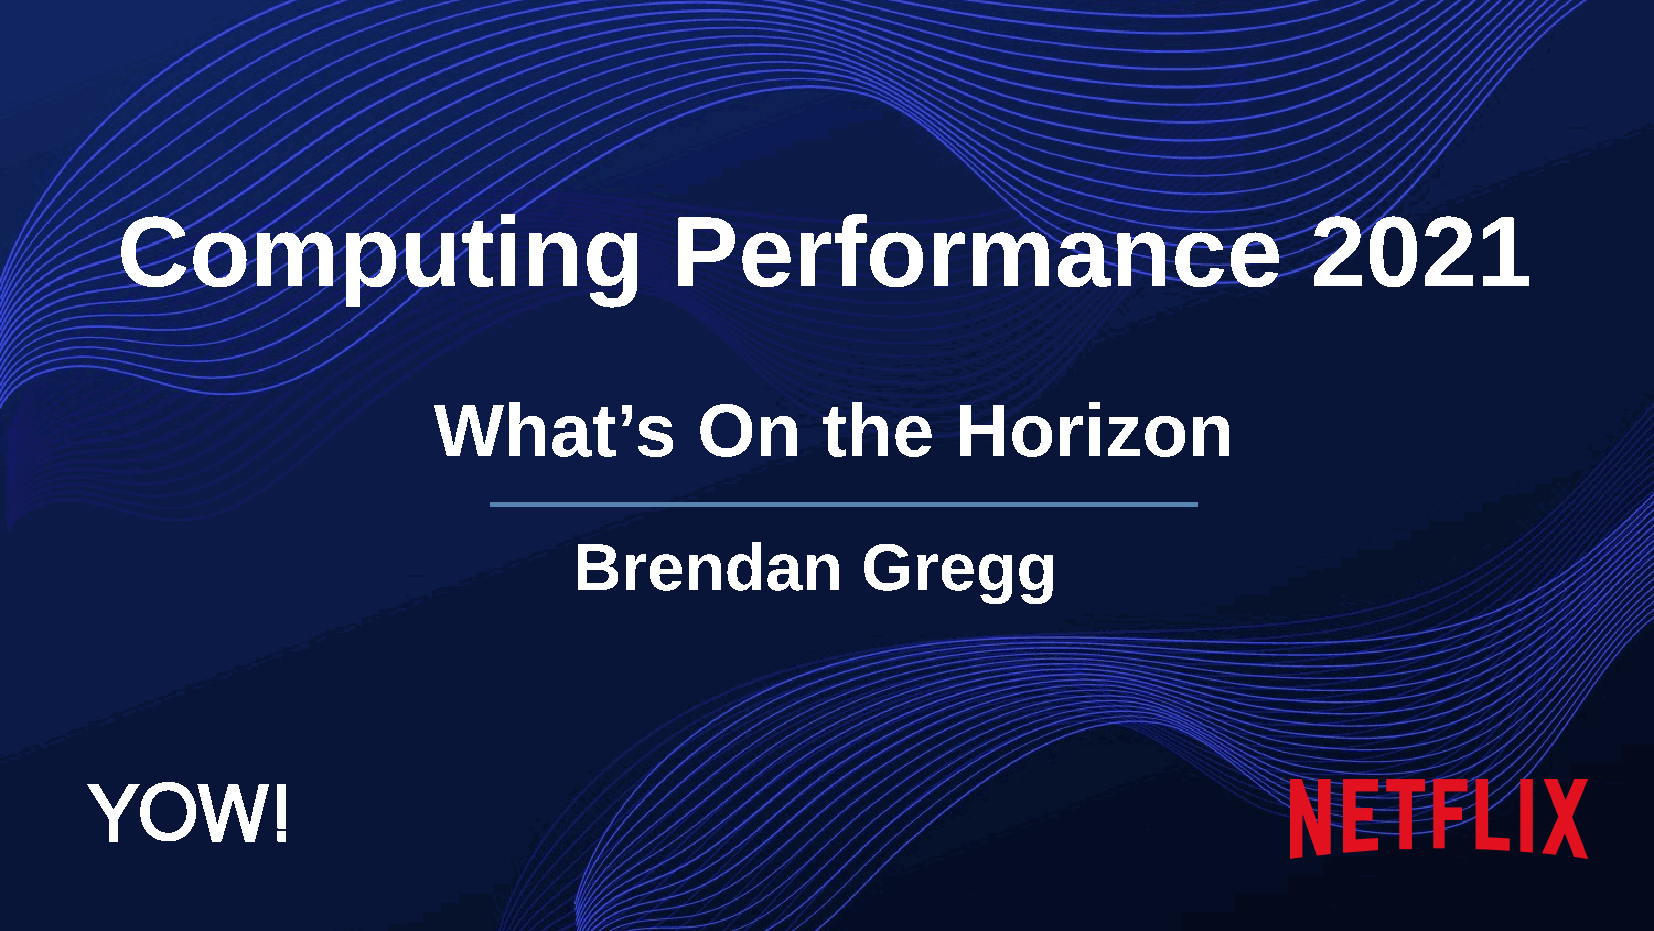
Computing                           Performance                                2021
 What’s           On      the      Horizon
 Brendan            Gregg
 YOW!